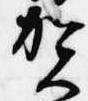
賀